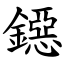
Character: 鐚